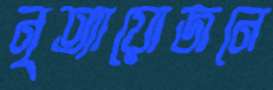
নৃত্যায়োজনে